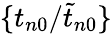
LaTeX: \{ {t_{n0}}/{\widetilde t_{n0}}\}